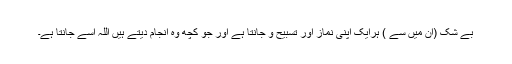
بے شک (ان میں سے ) ہرایک اپنی نماز اور تسبیح و جانتا ہے اور جو کچھ وہ انجام دیتے ہیں اللہ اسے جانتا ہے۔